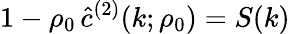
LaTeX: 1-\rho_{0}\, \hat{c}^{(2)}(k;\rho_{0})=S(k)